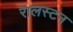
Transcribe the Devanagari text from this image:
रालस्टन